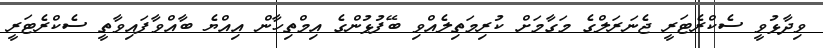
ވިދާޅުވީ ސެކްރެޓަރީ ޖެނަރަލްގެ މަގާމަށް ކުރިމަތިލެއްވި ބޭފުޅުންގެ އިމްތިހާން އިއްޔެ ބާއްވާފައިވާތީ ސެކްރެޓަރީ